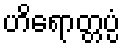
ဟိရောတ္တပ္ပံ